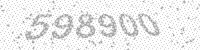
Solution: 598900